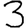
Digit: 3